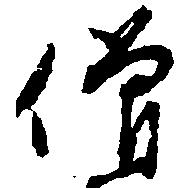
僧